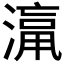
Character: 𱨡